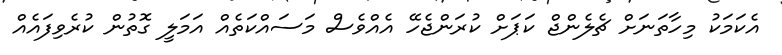
އެކަމަކު މިހާތަނަށް ޗެލެންޖް ކަޕަށް ކުރަންޖެހޭ އެއްވެސް މަސައްކަތެއް އަމަލީ ގޮތުން ކުރެވިފައެއް